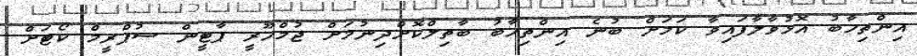
އިންތިހާބު އޮޅުވާލާފައިވާ ކަމަށް ބުނެ އިންތިހާބު ބާތިލްކޮށްދިނުމަށް ޖުމްހޫރީ ޕާޓީން ސުޕްރީމް ކޯޓަށް